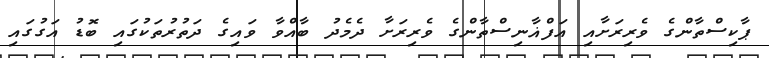
ޕާކިސްތާންގެ ވެރިރަށާއި އަފްޣާނިސްތާންގެ ވެރިރަށާ ދެމެދު ބާއްވާ ވައިގެ ދަތުރުތަކުގައި ބޮޑު އަގުގައި